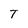
Character: T